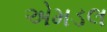
એમડલ